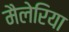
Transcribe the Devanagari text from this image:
मैलेरिया